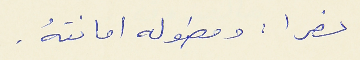
نصرا : ومطوله امانتهُ .